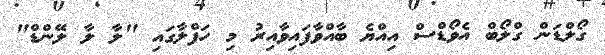
ގޯލްޑަން ގްލޯބް އެވޯޑްސް އިއްޔެ ބާއްވާފައިވާއިރު މި ހަފްލާގައި "ލާ ލާ ލޭންޑް"